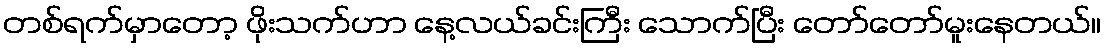
တစ်ရက်မှာတော့ ဖိုးသက်ဟာ နေ့လယ်ခင်းကြီး သောက်ပြီး တော်တော်မူးနေတယ်။